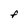
Character: F